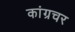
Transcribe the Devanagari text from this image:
कांग्रचर